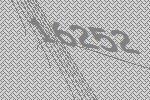
16252